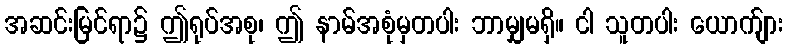
အဆင်းမြင်ရာ၌ ဤရုပ်အစု၊ ဤ နာမ်အစုံမှတပါး ဘာမျှမရှိ။ ငါ သူတပါး ယောက်ျား